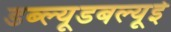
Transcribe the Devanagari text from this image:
डब्ल्यूडबल्यूई